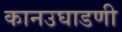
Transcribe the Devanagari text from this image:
कानउघाडणी